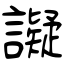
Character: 譺